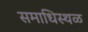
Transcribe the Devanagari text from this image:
समाधिस्‍थळ